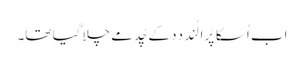
اَب اُسکا پُرا لُند دِدِ کے چُد مے چلا گیا تھا۔